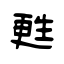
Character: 甦